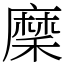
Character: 穈